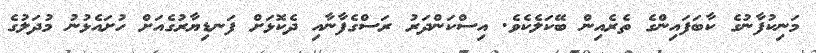
މަނިކުފާނުގެ ކާބަފައިންގެ ތެރެއިން ބޭކަލެކެވެ. އިސްކަންދަރު ރަސްގެފާނާއި ދެކޮޅަށް ފަނޑިޔާރުގެއަށް ހުށައެޅުނު މުދަލުގެ